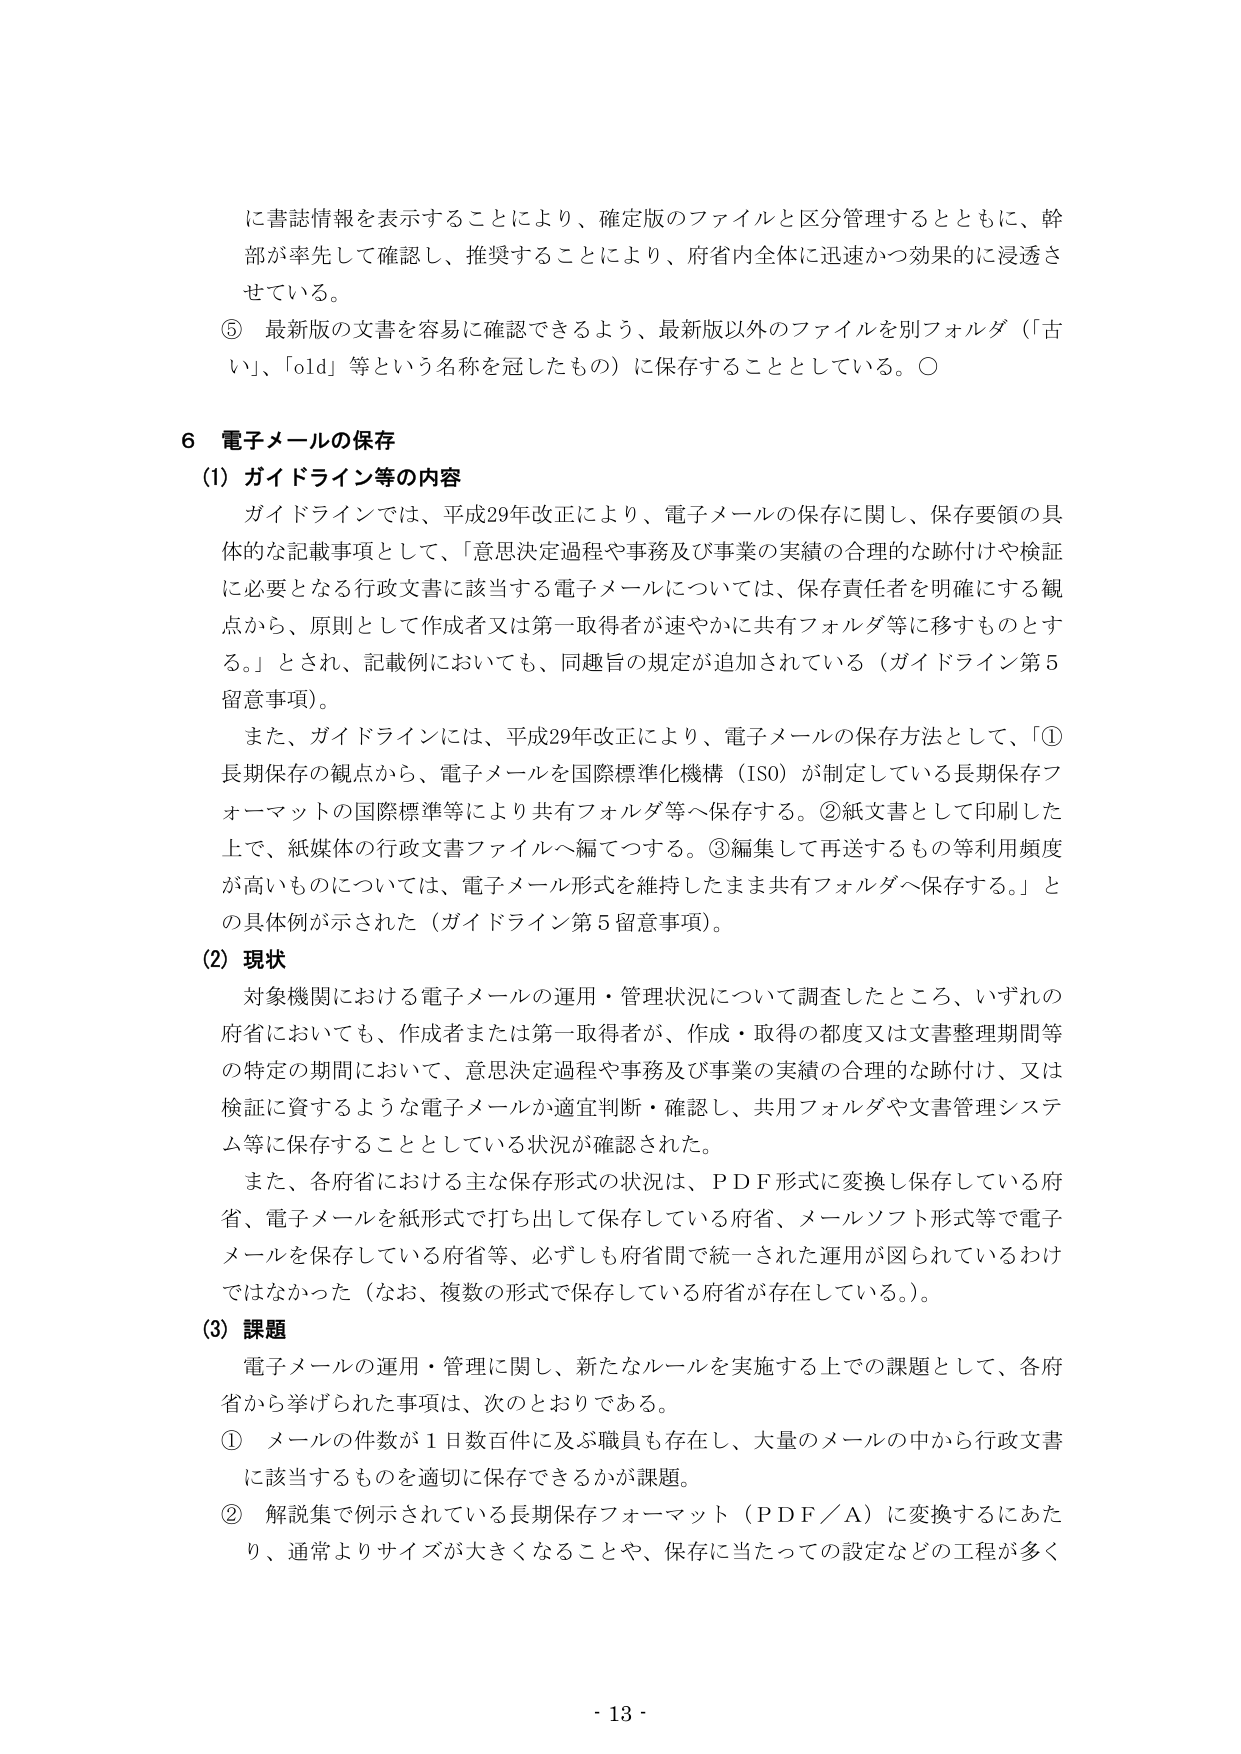
に書誌情報を表示することにより、確定版のファイルと区分管理するとともに、幹部が率先して確認し、推奨することにより、府省内全体に迅速かつ効果的に浸透させている。

⑤ 最新版の文書を容易に確認できるよう、最新版以外のファイルを別フォルダ（「古い」、「old」等という名称を冠したもの）に保存することとしている。○

6 電子メールの保存

(1) ガイドライン等の内容

ガイドラインでは、平成29年改正により、電子メールの保存に関し、保存要領の具体的な記載事項として、「意思決定過程や事務及び事業の実績の合理的な跡付けや検証に必要となる行政文書に該当する電子メールについては、保存責任者を明確にする観点から、原則として作成者又は第一取得者が速やかに共有フォルダ等に移すものとする。」とされ、記載例においても、同趣旨の規定が追加されている（ガイドライン第5留意事項）。

また、ガイドラインには、平成29年改正により、電子メールの保存方法として、「①長期保存の観点から、電子メールを国際標準化機構（ISO）が制定している長期保存フォーマットの国際標準等により共有フォルダ等へ保存する。②紙文書として印刷した上で、紙媒体の行政文書ファイルへ編てつする。③編集して再送するもの等利用頻度が高いものについては、電子メール形式を維持したまま共有フォルダへ保存する。」との具体例が示された（ガイドライン第5留意事項）。

(2) 現状

対象機関における電子メールの運用・管理状況について調査したところ、いずれの府省においても、作成者または第一取得者が、作成・取得の都度又は文書整理期間等の特定の期間において、意思決定過程や事務及び事業の実績の合理的な跡付け、又は検証に資するような電子メールか適宜判断・確認し、共用フォルダや文書管理システム等に保存することとしている状況が確認された。

また、各府省における主な保存形式の状況は、PDF形式に変換し保存している府省、電子メールを紙形式で打ち出して保存している府省、メールソフト形式等で電子メールを保存している府省等、必ずしも府省間で統一された運用が図られているわけではなかった（なお、複数の形式で保存している府省が存在している。）。

(3) 課題

電子メールの運用・管理に関し、新たなルールを実施する上での課題として、各府省から挙げられた事項は、次のとおりである。

① メールの件数が1日数百件に及ぶ職員も存在し、大量のメールの中から行政文書に該当するものを適切に保存できるかが課題。

② 解説集で例示されている長期保存フォーマット（PDF/A）に変換するにあたり、通常よりサイズが大きくなることや、保存に当たっての設定などの工程が多く

- 13 -